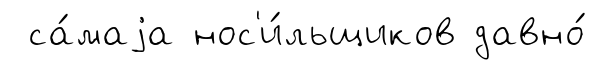
са́маjа нос'и́льщиков давно́